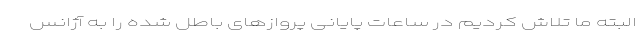
البته ما تلاش کردیم در ساعات پایانی پروازهای باطل شده را به آژانس